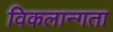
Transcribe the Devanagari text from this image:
विकलान्गता